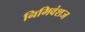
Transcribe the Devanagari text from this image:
निमिवंशज